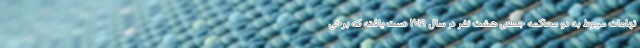
تهامات مربوط به دو محاکمه جمعی هشت نفر در سال ۲۰۱۹ دست یافته که برخی